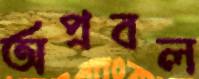
অপ্রবল